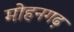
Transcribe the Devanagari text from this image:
मोहनगढ़